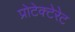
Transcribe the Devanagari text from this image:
प्रोटेक्टेरेट